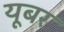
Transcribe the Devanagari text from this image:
यूबर